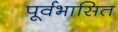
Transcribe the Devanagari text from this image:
पूर्वभासित